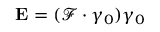
\mathbf { E } = ( { \mathcal { F } } \cdot \gamma _ { 0 } ) \gamma _ { 0 }